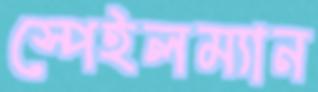
স্পেইলম্যান